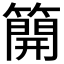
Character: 𥳐